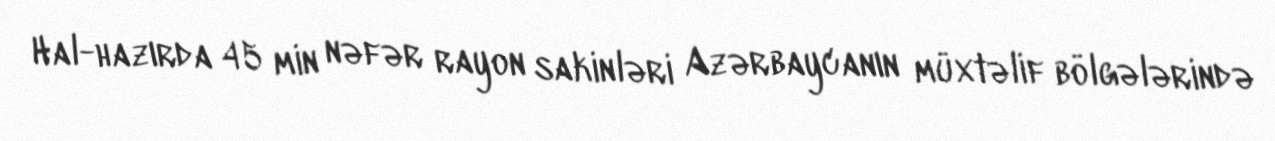
Hal-hazırda 45 min nəfər rayon sakinləri Azərbaycanın müxtəlif bölgələrində